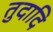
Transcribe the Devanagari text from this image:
तुदादि